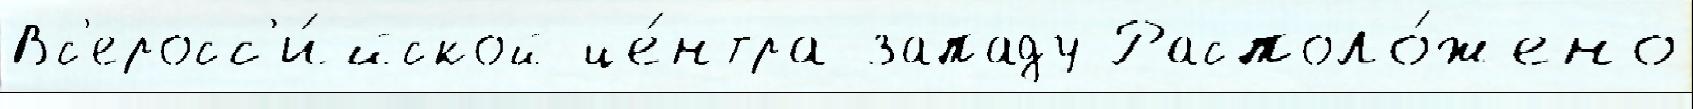
Вс'еросс'и́йской це́нтра западу Располо́жено